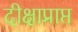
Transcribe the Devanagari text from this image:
दीक्षाप्राप्त